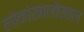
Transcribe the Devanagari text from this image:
लोकांखालोखाल